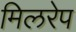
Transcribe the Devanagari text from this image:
मिलरेप